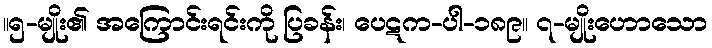
။၅-မျိုး၏ အကြောင်းရင်းကို ပြခန်း၊ ပေဋက-ပါ-၁၈၉။ ၇-မျိုးဟောသော